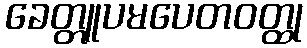
ခေတ္တူပမပေတဝတ္ထု